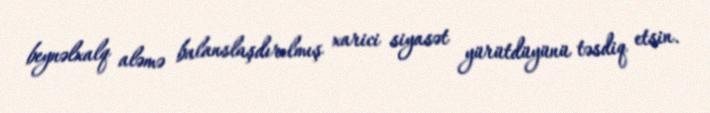
beynəlxalq aləmə balanslaşdırılmış xarici siyasət yürütdüyünü təsdiq etsin.